Report on certain features of malaria in the island of Salsette
Disease focus: Malaria
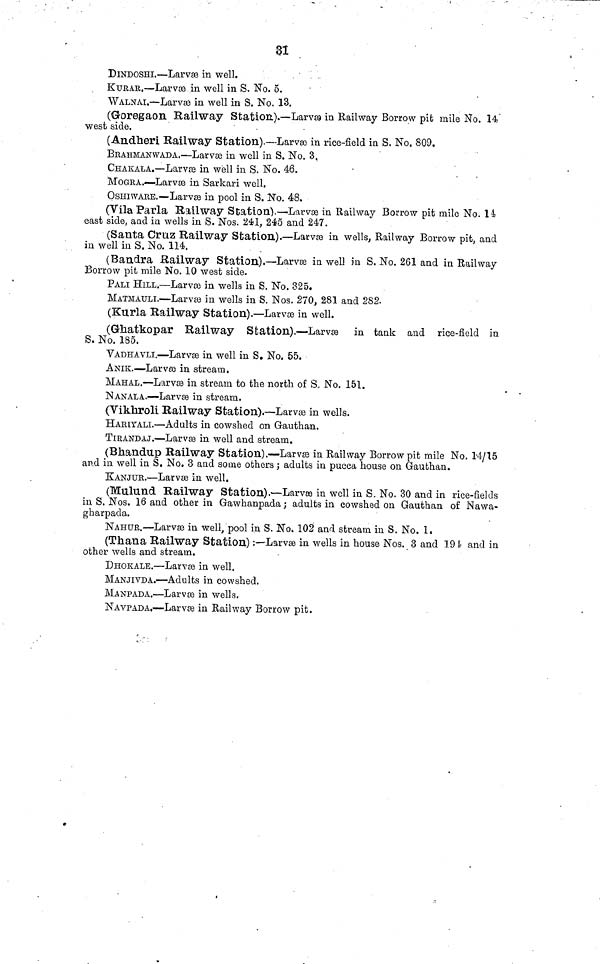
31
DINDOSHI,—Larvae in well.
KURAR.—Larvae in well in S. No. 5.
WALNAI.—Larvas in well in S. No. 13.
(Goregaon Railway Station).—Larvas in Railway Borrow pit mile No. 14"
west side.
(Andheri Railway Station).—Larvae in rice-field in S. No. 809.
BRAHMANWADA.—Larvas in well in S. No. 3.
CHAKALA.—Larvas in well in S. No. 46.
•
MOGBA,—Larvas in Sarkari well.
OSHIWARE.—Larvse in pool in S. No. 48.
(Vila Parla Railway Station).—Larvae in Railway Borrow pit mile No. 14
east side, and in wells in S. Nos. 241, 2é5 and 247.
(Santa Cruz Railway Station).—Larvas in wells, Railway Borrow pit, and
in well in S. No. 114.
(Bandra Railway Station).—Larvse in well in S. No. 261 and in Railway
Borrow pit mile No. 10 west side.
PALI HILL.—Larvas in wells in S. No. 325.
MATMAULI.—Larvas in wells in S. Nos. 270, 281 and 282.
(Kurla Railway Station).—Larvas in well.
(Gnatkopar Railway Station).—Larvas in tank and rice-field in
S. No. 185.
VADHAVLI.—Larvas in well in S. No. 55.
ANIK.—-Larvas in stream.
MAHAL.—Larvas in stream to the north of S. No. 151.
NAN ALA,—Larvas in stream.
(Viknroli Railway Station).—Larvas in wells.
HARIYALI.—Adults in cowshed on Gauthan.
TIRANDAJ.—Larvas in well and stream.
(Bhandup Railway Station).—Larvas in Railway Borrow pit mile No, 14/15
and in well in S. No. 3 and some others ; adults in pucca house on Gauthan.
KANJUR.—Larvas in well.
(Mulund Railway Station).—Larvas in well in S. No. 30 and in rice-fields
in S. Nos. 16 and other in Gawhanpada ; adults in cowshed on Gauthan of Nawa-
gharpada.
NAHUR.—Larvas in well, pool in S. No. 102 and stream in S. No. 1«
(Thana Railway Station) :—Larvas in wells in house Nos. 3 and 191 and in
other wells and stream.
DHOKALE.—Larvas in well.
MANJIVDA.—Adults in cowshed.
MANPADA.—Larvas in wells.
NAVPADA,—Larvas in Railway Borrow pit.